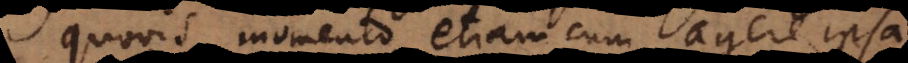
quovis momento, etiam cum agere ipsa